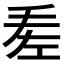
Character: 𢀠